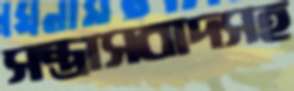
সন্ত্রাসবাদসহ